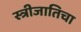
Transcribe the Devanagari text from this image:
स्त्रीजातिचा